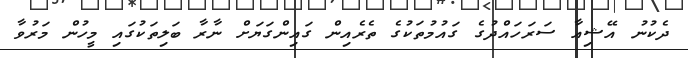
ދެކުނު އޭޝިއާ ސަރަހައްދުގެ ގައުމުތަކުގެ ތެރެއިން ގައިންގަޔަށް ނާރާ ބަލިތަކުގައި މީހުން މަރުވާ